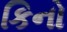
કિનો